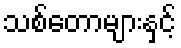
သစ်တောများနှင့်